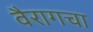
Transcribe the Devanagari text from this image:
वैरागचा